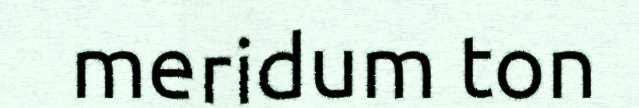
meridum ton